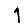
Digit: 1